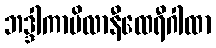
ဘဒ္ဒါကာပိလာနီထေရီဂါထာ